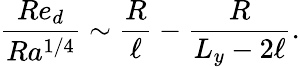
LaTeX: \frac{Re_{d}}{Ra^{1/4}}\sim\frac{R}{\ell}-\frac{R}{L_{y}-2\ell}.